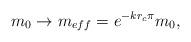
LaTeX: \begin{align*}m_0 \to m_{eff} = e^{-kr_c\pi}m_0 ,\end{align*}